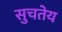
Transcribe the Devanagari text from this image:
सुचतेय